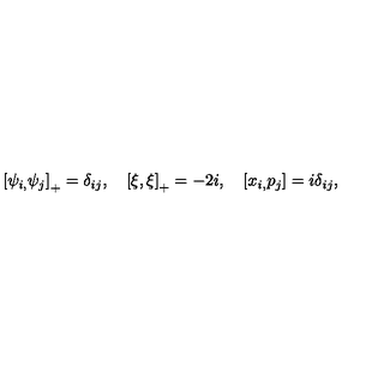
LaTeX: \left[ \psi _ { i , } \psi _ { j } \right] _ { + } = \delta _ { i j } , \quad \left[ \xi , \xi \right] _ { + } = - 2 i , \quad \left[ x _ { i , } p _ { j } \right] = i \delta _ { i j } ,